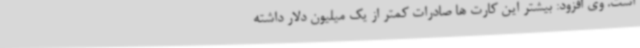
است. وی افزود: بیشتر این کارت ها صادرات کمتر از یک میلیون دلار داشته